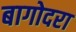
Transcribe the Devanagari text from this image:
बागोदरा